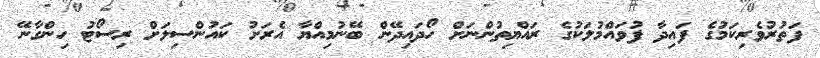
ފަތުރުވެރިކަމުގެ ފައިދާ ފުވައްމުލަކުގެ ރައްޔިތުންނަށް ހޯދައިދޭން ބޭނުމިއްޔާ އެރަށު ކައުންސިލަށް ރިސޯޓު ހިންގާނޭ